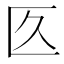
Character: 匛